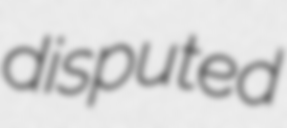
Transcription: disputed